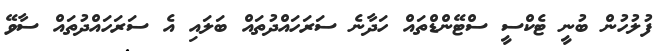
ފުލުހުން ބުނީ ޓެކްސީ ސްޓޭންޑްތައް ހަދާނެ ސަރަހައްދުތައް ބަލައި އެ ސަރަހައްދުތައް ސާވޭ